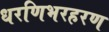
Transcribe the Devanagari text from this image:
धरणिभरहरण